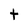
Character: t